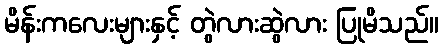
မိန်းကလေးများနှင့် တွဲလားဆွဲလား ပြုမိသည်။